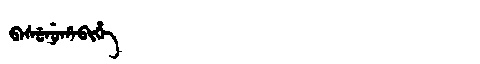
Manchu: ᠪᠠᠰᡠᠨᡠᡥᠠᠪᡳᡥᡝ
Romanization: BASUNUHABIHE